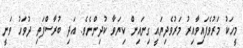
މީހަކު މަރުވެފައިވާއިރު މަރުވެދިޔައީ ގިނައިން ކިޔަވާ ކުދިންނެވެ. އަދި ބުރާސްފަތި ދުވަހު ވަނީ